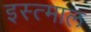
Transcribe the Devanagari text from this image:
इस्त्माल